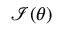
{ \mathcal { I } } ( \theta )